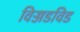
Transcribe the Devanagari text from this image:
विज्जडविड